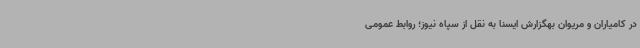
در کامیاران و مریوان بهگزارش ایسنا به نقل از سپاه نیوز؛ روابط عمومی